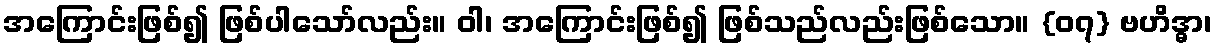
အကြောင်းဖြစ်၍ ဖြစ်ပါသော်လည်း။ ဝါ၊ အကြောင်းဖြစ်၍ ဖြစ်သည်လည်းဖြစ်သော။ {၀၇} ဗဟိဒ္ဓာ၊